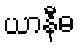
ယာနီဓ